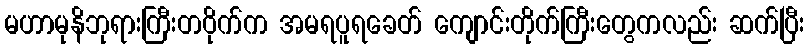
မဟာမုနိဘုရားကြီးတဝိုက်က အမရပူရခေတ် ကျောင်းတိုက်ကြီးတွေကလည်း ဆက်ပြီး